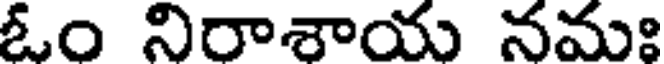
ఓం నిరాశాయ నమః